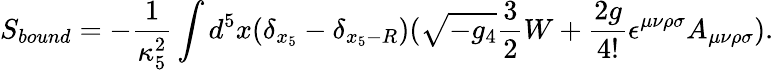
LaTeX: S_{bound}=-\frac{1}{\kappa_{5}^{2}}\int d^{5}x(\delta_{x_{5}}-\delta_{x_{5}-R})(\sqrt{-g_{4}}\frac{3}{2}W+\frac{2g}{4!}\epsilon^{\mu\nu\rho\sigma}A_{\mu\nu\rho\sigma}).